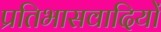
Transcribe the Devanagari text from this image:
प्रतिभासवादियों